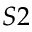
S 2